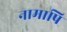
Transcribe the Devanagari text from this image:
नामापि